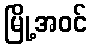
မြို့အဝင်